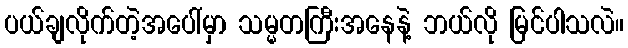
ပယ်ချလိုက်တဲ့အပေါ်မှာ သမ္မတကြီးအနေနဲ့ ဘယ်လို မြင်ပါသလဲ။